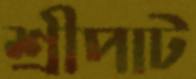
শ্রীপাট